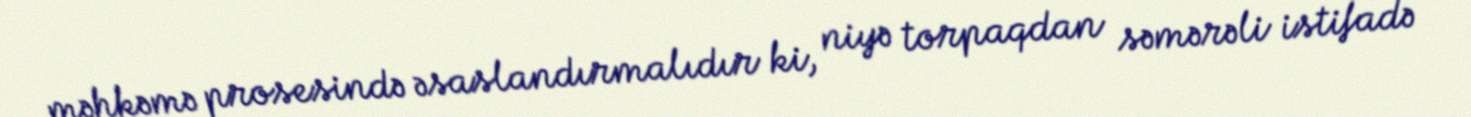
məhkəmə prosesində əsaslandırmalıdır ki, niyə torpaqdan səmərəli istifadə